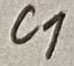
Text: C1